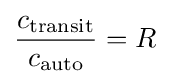
{\frac {c_{\text{transit}}}{c_{\text{auto}}}}=R